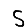
Digit: 5